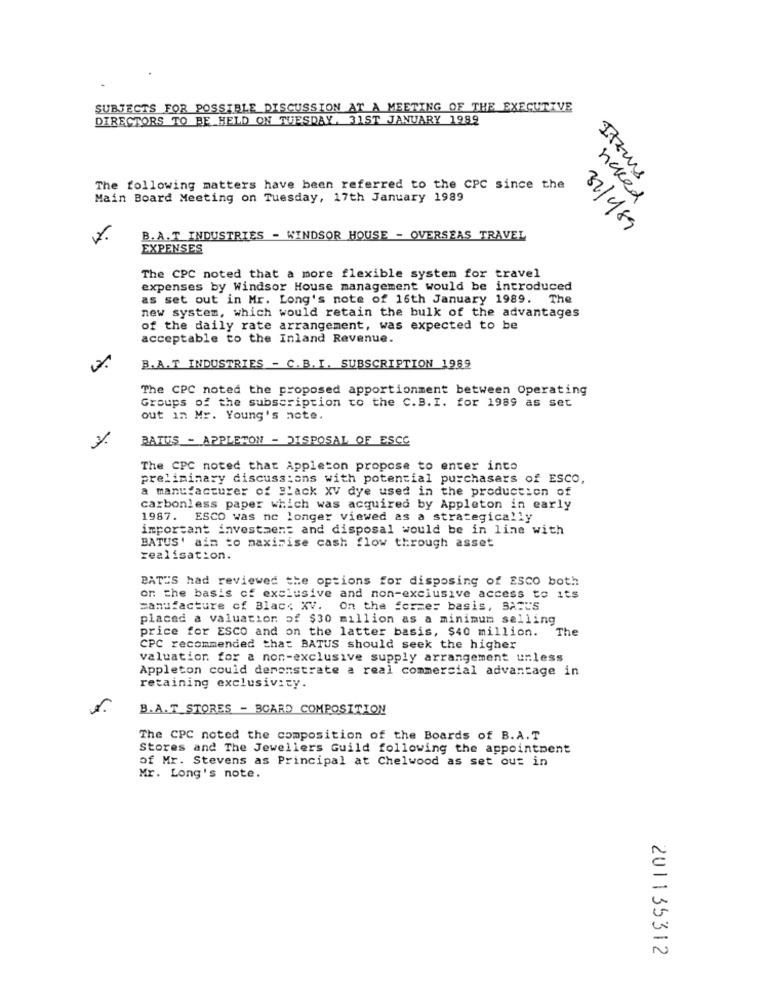
SUBJECTS FOR POSSIBLE DISCUSSION AT A MEETING OF THE EXECUTIVE
DIRECTORS TO BE HELD ON TUESDAY, 31ST JANUARY 1989
Itzuns
The following matters have been referred to the CPC since the
Main Board Meeting on Tuesday, 17th January 1989
naked
321989
B.A.T_INDUSTRIES - WINDSOR HOUSE - OVERSEAS TRAVEL
EXPENSES
The CPC noted that a more flexible system for travel
expenses by Windsor House management would be introduced
as set out in Mr. Long's note of 16th January 1989. The
new system, which would retain the bulk of the advantages
of the daily rate arrangement, was expected to be
acceptable to the Inland Revenue.
B.A.T INDUSTRIES - C.B. I. SUBSCRIPTION 1989
The CPC noted the proposed apportionment between Operating
Groups of the subscription to the C.B. I. for 1989 as set
out in Mr. Young's note.
-
BATUS - APPLETON - DISPOSAL OF ESCC
The CPC noted that Appleton propose to enter into
preliminary discussions with potential purchasers of ESCO,
a manufacturer of Black XV dye used in the production of
carbonless paper which was acquired by Appleton in early
1987. ESCO was no longer viewed as a strategically
important investment and disposal would be in line with
BATUS' ain to maximise cash flow through asset
realisation.
BATHS had reviewed the options for disposing of ESCO both
on the basis of exclusive and non-exclusive access to its
manufacture of Blac: XV.
On the fcome: basis, BARCS
placed a valuation of $30 million as a minimum selling
price for ESCO and on the latter basis, $40 million. The
CPC recommended that BATUS should seek the higher
valuation for a non-exclusive supply arrangement unless
Appleton could derenstrate a real commercial advantage in
retaining exclusivity.
B.A.T_STORES - BOARD COMPOSITION
The CPC noted the composition of the Boards of B.A.T
Stores and The Jewellers Guild following the appointment
of Mr. Stevens as Principal at Chelwood as set out in
Mr. Long's note.
201135312